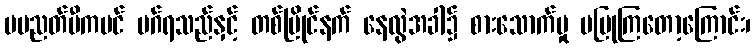
မပညတ်မီကပင် မဂ်ရသည်နှင့် တစ်ပြိုင်နက် နေလွဲအခါ၌ စားသောက်မှု မပြုကြတော့ကြောင်း၊